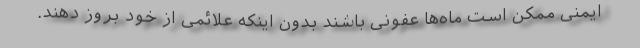
ایمنی ممکن است ماه‌ها عفونی باشند بدون اینکه علائمی از خود بروز دهند.